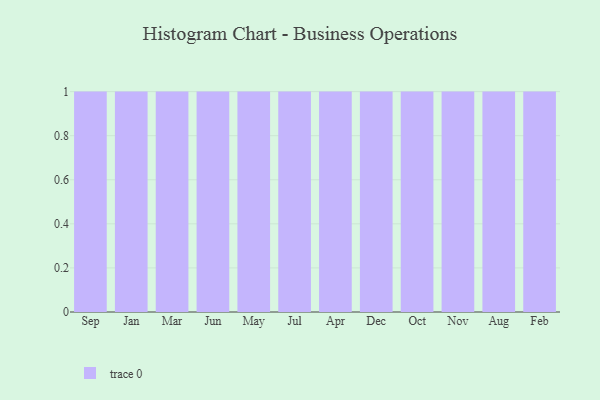
{"axis": {"x": "Month", "y": "Page Views"}, "legend": [""], "data": [{"x": "Sep", "y": 34, "type": ""}, {"x": "Jan", "y": 15, "type": ""}, {"x": "Mar", "y": 84, "type": ""}, {"x": "Jun", "y": 99, "type": ""}, {"x": "May", "y": 11, "type": ""}, {"x": "Jul", "y": 19, "type": ""}, {"x": "Apr", "y": 89, "type": ""}, {"x": "Dec", "y": 82, "type": ""}, {"x": "Oct", "y": 95, "type": ""}, {"x": "Nov", "y": 79, "type": ""}, {"x": "Aug", "y": 84, "type": ""}, {"x": "Feb", "y": 51, "type": ""}]}